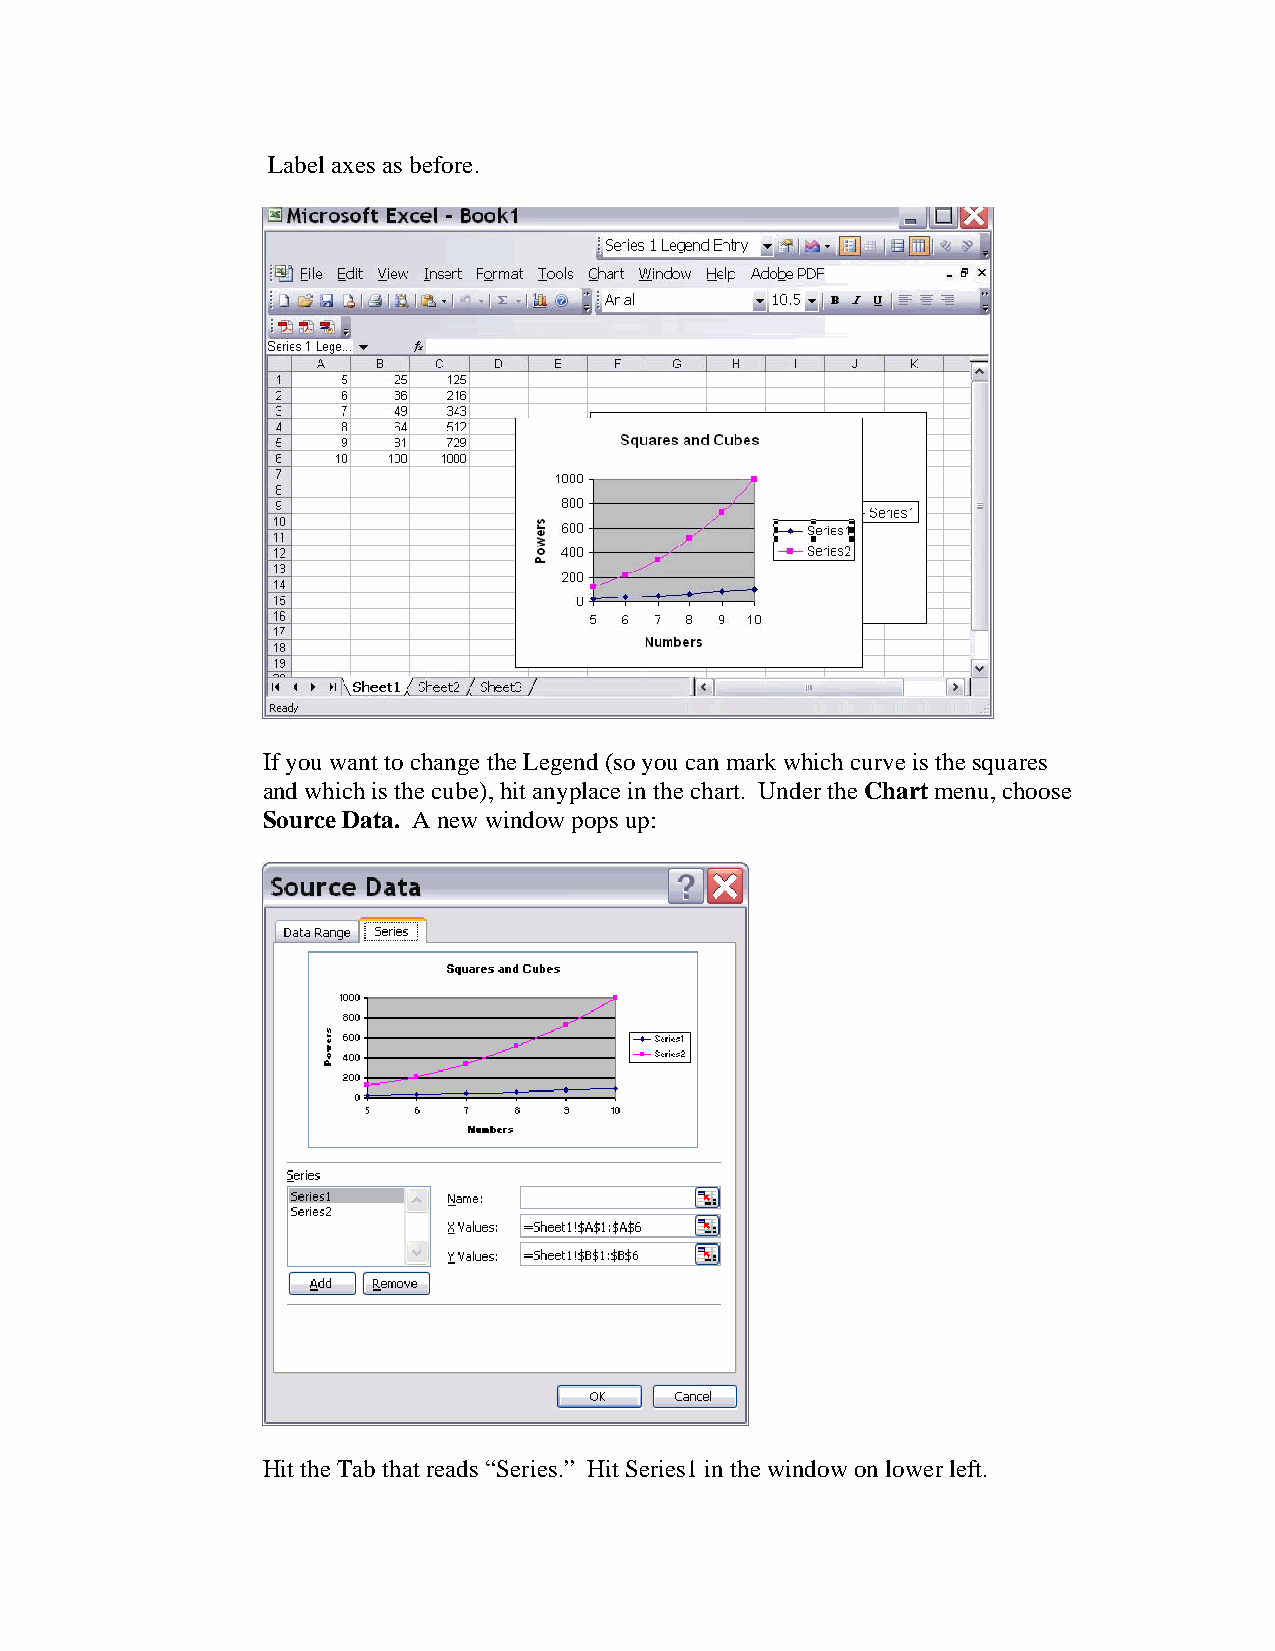
Label axes as before.
 If you want to change the Legend (so you can mark which curve is the squares
 and which is the cube), hit anyplace in the chart. Under the Chart menu, choose
 Source Data. A new window pops up:
 Hit the Tab that reads “Series.” Hit Series1 in the window on lower left.